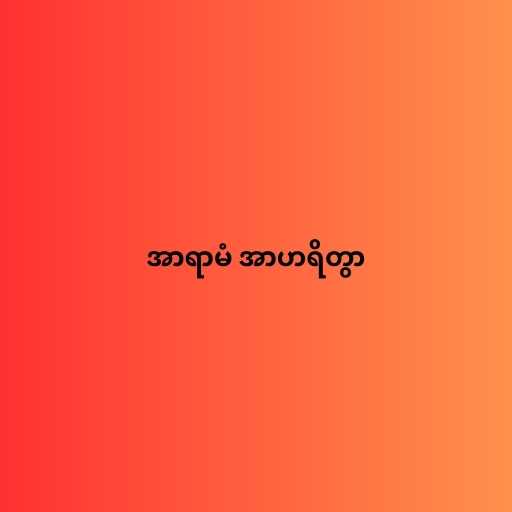
အာရာမံ အာဟရိတွာ